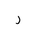
Letter: _ra